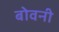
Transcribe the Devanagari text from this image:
बोवनी